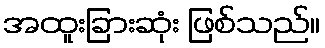
အထူးခြားဆုံး ဖြစ်သည်။